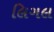
લિગલ